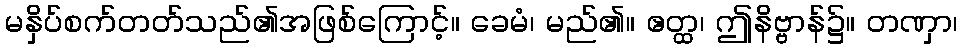
မနှိပ်စက်တတ်သည်၏အဖြစ်ကြောင့်။ ခေမံ၊ မည်၏။ ဧတ္ထ၊ ဤနိဗ္ဗာန်၌။ တဏှာ၊